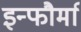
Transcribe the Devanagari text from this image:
इन्फौर्मा